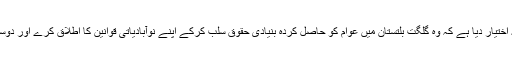
اگر یہ خطہ واقعی متنازعہ ہے تو رائے شماری سے پہلے حکومت پاکستان کو کس نے یہ اختیار دیا ہے کہ وہ گلگت بلتستان میں عوام کو حاصل کردہ بنیادی حقوق سلب کرکے اپنے نوآبادیاتی قوانین کا اطلاق کرے اور دوسرے ممالک کیساتھ معاہدے کرکے اس خطے کی جغرافیائی سرحدوں کے بخرے کر دے ۔